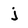
Character: j